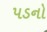
પડનો